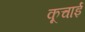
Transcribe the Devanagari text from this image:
कूचाई